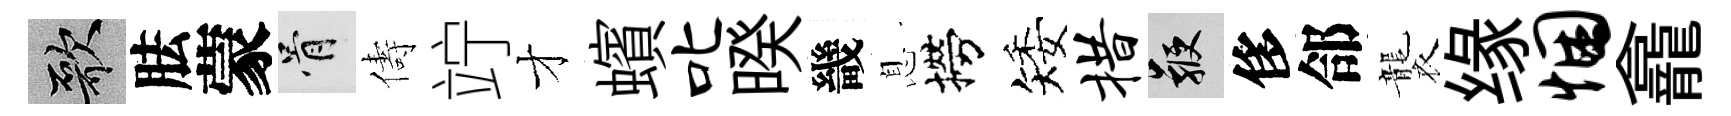
歌胠蒙骨儔竚才蠙叱暌畿息撈矮措鞭侈郃襲缘悃龕